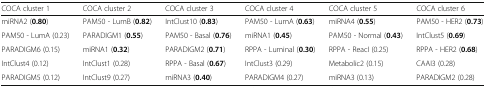
| COCA cluster 1 | COCA cluster 2 | COCA cluster 3 | COCA cluster 4 | COCA cluster 5 | COCA cluster 6 |
 | --- | --- | --- | --- | --- | --- |
 | miRNA2 (0.80) | PAM50 - LumB (0.82) | IntClust10 (0.83) | PAM50 - LumA (0.63) | miRNA4 (0.55) | PAM50 - HER2 (0.73) |
 | PAM50 - LumA (0.23) | PARADIGM1 (0.55) | PAM50 - Basal (0.76) | miRNA1 (0.45) | PAM50 - Normal (0.43) | IntClust5 (0.69) |
 | PARADIGM6 (0.15) | miRNA1 (0.32) | PARADIGM2 (0.71) | RPPA - Luminal (0.30) | RPPA - ReacI (0.25) | RPPA - HER2 (0.68) |
 | IntClust4 (0.12) | IntClust1 (0.28) | RPPA - Basal (0.67) | IntClust3 (0.29) | Metabolic2 (0.15) | CAAI3 (0.28) |
 | PARADIGM5 (0.12) | IntClust9 (0.27) | miRNA3 (0.40) | PARADIGM4 (0.27) | miRNA3 (0.13) | PARADIGM2 (0.28) |